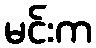
မင်းက